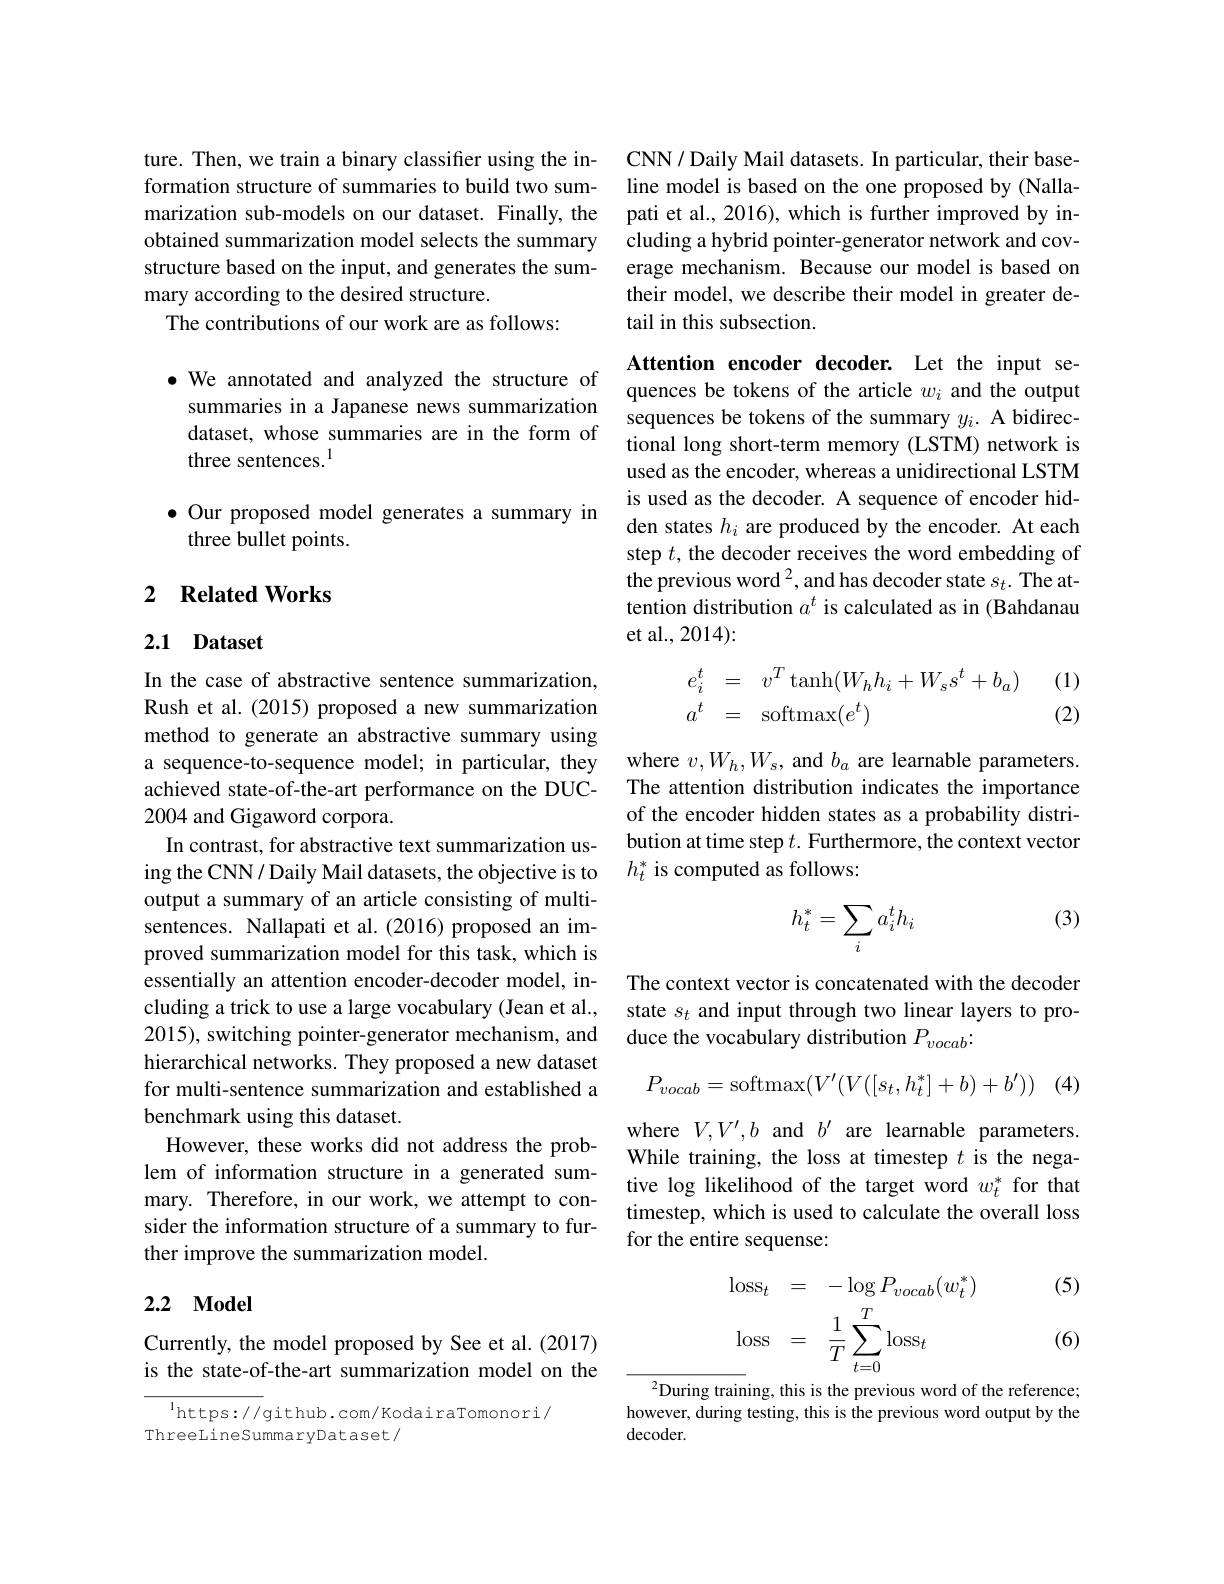
ture. Then, we train a binary classifier using the information structure of summaries to build two summarization sub-models on our dataset. Finally, the obtained summarization model selects the summary structure based on the input, and generates the summary according to the desired structure.
The contributions of our work are as follows:

$\bullet$ We annotated and analyzed the structure of summaries in a Japanese news summarization dataset, whose summaries are in the form of three sentences.$^{1}$

$\bullet$ Our proposed model generates a summary in
three bullet points.

## 2 Related Works

### 2.1 Dataset

In the case of abstractive sentence summarization, Rush et al. (2015) proposed a new summarization method to generate an abstractive summary using a sequence-to-sequence model; in particular, they achieved state-of-the-art performance on the DUC- 2004 and Gigaword corpora.
In contrast, for abstractive text summarization using the CNN/ Daily Mail datasets, the objective is to output a summary of an article consisting of multisentences. Nallapati et al.(2016) proposed an improved summarization model for this task, which is essentially an attention encoder-decoder model, including a trick to use a large vocabulary (Jean et al., 2015), switching pointer-generator mechanism, and hierarchical networks. They proposed a new dataset for multi-sentence summarization and established a benchmark using this dataset.
However, these works did not address the problem of information structure in a generated summary. Therefore, in our work, we attempt to consider the information structure of a summary to further improve the summarization model.

### 2.2 Model

Currently, the model proposed by See et al.(2017) is the state-of-the-art summarization model on the

$^{1}$https://github.com/KodairaTomonori/
ThreeLinesummaryDataset/

CNN/ Daily Mail datasets. In particular, their baseline model is based on the one proposed by (Nallapati et al., 2016), which is further improved by including a hybrid pointer-generator network and coverage mechanism. Because our model is based on their model, we describe their model in greater detail in this subsection.

Attention encoder decoder. Let the input sequences be tokens of the article $w_i$ and the output sequences be tokens of the summary $y_i.$ A bidirectional long short-term memory (LSTM) network is used as the encoder, whereas a unidirectional LSTM is used as the decoder. A sequence of encoder hidden states $h_i$ are produced by the encoder. At each step $t$, the decoder receives the word embedding of the previous word 2, and has decoder state $s_t.$ The attention distribution $a^t$ is calculated as in (Bahdanau et al., 2014):

(1)
$$\begin{array}{rcl}e_i^t&=&v^T\tanh(W_hh_i+W_ss^t+b_a)\\a^t&=&\operatorname{softmax}(e^t)\end{array}$$
(2)

where $v,W_{h},W_{s}$, and $b_{a}$ are learnable parameters. The attention distribution indicates the importance of the encoder hidden states as a probability distribution at time step $t.$ Furthermore, the context vector $h_t^*$ is computed as follows:

(3)
$$h_t^*=\sum_ia_i^th_i$$
The context vector is concatenated with the decoder state $s_t$ and input through two linear layers to produce the vocabulary distribution $P_{vocab}$:

(4
$$P_{vocab}=\mathrm{softmax}(V'(V([s_t,h_t^*]+b)+b'))$$
where $V,V^{\prime},b$ and $b^\prime$ are learnable parameters. While training, the loss at timestep $t$ is the negative log likelihood of the target word $w_t^*$ for that timestep, which is used to calculate the overall loss for the entire sequense:

(5)
$$\begin{aligned}&\mathrm{loss}_{t}&&=\quad-\log P_{vocab}(w_{t}^{*})\\&\mathrm{loss}&&=\quad\frac{1}{T}\sum_{t=0}^{T}\mathrm{loss}_{t}\\\end{aligned}$$
(6)

$^{2}$During training, this is the previous word of the reference; however, during testing, this is the previous word output by the decoder.